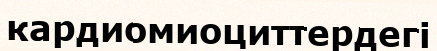
кардиомиоциттердегі